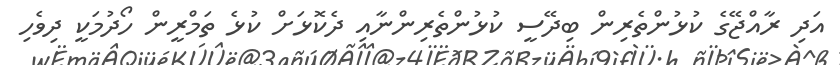
އަދި ރާއްޖޭގެ ކުޅުންތެރިން ބިދޭސީ ކުޅުންތެރިންނާއި ދެކޮޅަށް ކުޅެ ތަމްރީން ހޯދުމަކީ ދިވެހި